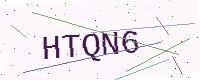
Text: HTQN6